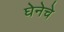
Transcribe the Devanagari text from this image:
घेनेचे